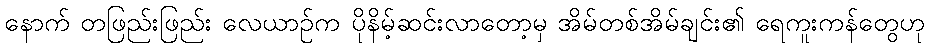
နောက် တဖြည်းဖြည်း လေယာဉ်က ပိုနိမ့်ဆင်းလာတော့မှ အိမ်တစ်အိမ်ချင်း၏ ရေကူးကန်တွေဟု